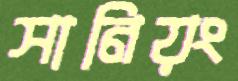
সানিয়ং